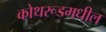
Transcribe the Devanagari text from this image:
कोथरूडमधील